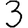
Digit: 3